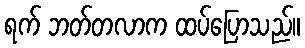
ရက် ဘတ်တလာက ထပ်ပြောသည်။